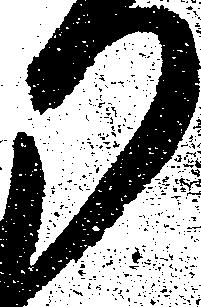
り